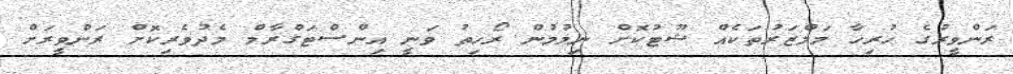
ރަންވީރުގެ ހުރިހާ މަމްޒަރުތަކެއް ޝޫޓުކޮށް ނިމުމުން ރޯހިތު ވަނީ އިންސްޓަގްރާމް މެދުވެރިކޮށް ރަންވީރަށް